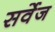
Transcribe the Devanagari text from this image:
सर्वेज